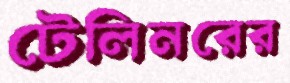
টেলিনরের